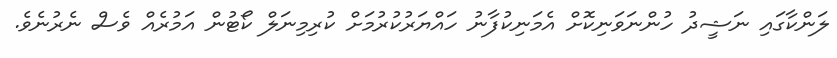
ލަންކާގައި ނަޝީދު ހުންނަވަނިކޮށް އެމަނިކުފާނު ހައްޔަރުކުރުމަށް ކުރިމިނަލް ކޯޓުން އަމުރެއް ވެސް ނެރުނެވެ.